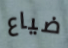
ضياع